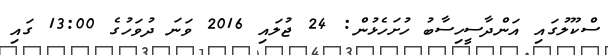
ސްކޫލުގައި އަންދާސީހިސާބު ހުށަހެޅުން: 24 ޖުލައި 2016 ވަނަ ދުވަހުގެ 13:00 ގައި